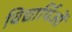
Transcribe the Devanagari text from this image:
विद्यार्थिओं